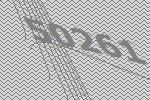
50261